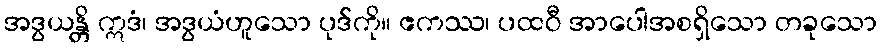
အဒွယန္တိ ဣဒံ၊ အဒွယံဟူသော ပုဒ်ကို။ ဧကဿ၊ ပထဝီ အာပေါအစရှိသော တခုသော